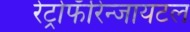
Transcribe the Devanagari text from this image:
रेट्रोफॅरिन्जायटल